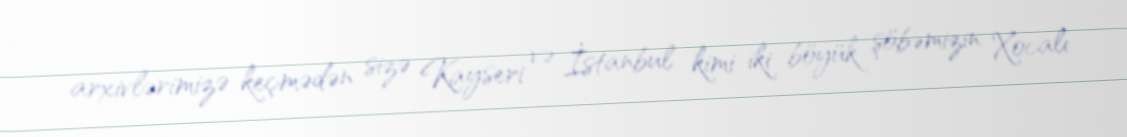
arxivlərimizə keçmədən sizə Kayseri və İstanbul kimi iki böyük şöbəmizin Xocalı